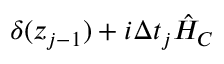
\delta ( z _ { j - 1 } ) + i \Delta t _ { j } \hat { H } _ { C }